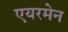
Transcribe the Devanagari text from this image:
एयरमेन